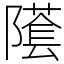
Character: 𨼲